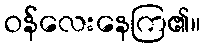
ဝန်လေးနေကြ၏။